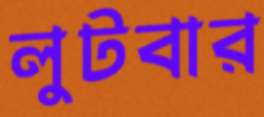
লুটবার